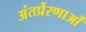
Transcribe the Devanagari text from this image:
अंतर्प्रेरणाओं